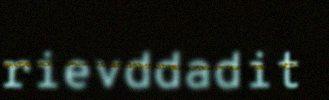
rievddadit